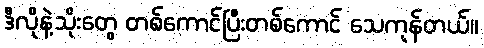
ဒီလိုနဲ့သိုးတွေ တစ်ကောင်ပြီးတစ်ကောင် သေကုန်တယ်။